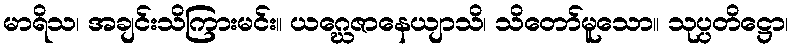
မာရိသ၊ အချင်းသိကြားမင်း။ ယဂ္ဃေဇာနေယျာသိ၊ သိတော်မူသော။ သုပ္ပတိဋ္ဌော၊